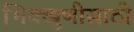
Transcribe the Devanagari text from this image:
भिक्खुणीसाठी